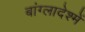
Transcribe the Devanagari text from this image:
बांग्लादेश्में